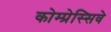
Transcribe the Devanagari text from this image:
कोम्प्रेस्सिवे